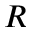
R